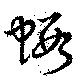
蝦